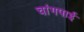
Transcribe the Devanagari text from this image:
चांगपाई